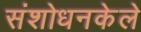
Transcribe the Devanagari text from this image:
संशोधनकेले